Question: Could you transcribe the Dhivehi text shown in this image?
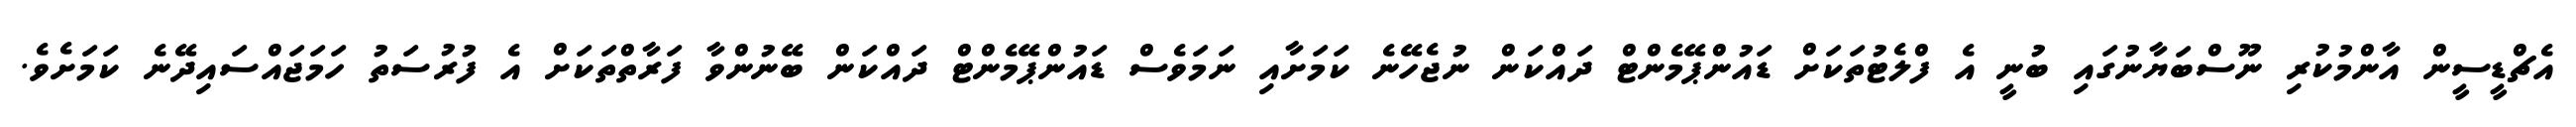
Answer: އެޗްޑީސީން އާންމުކުރި ނޫސްބަޔާނުގައި ބުނީ އެ ފްލެޓުތަކަށް ޑައުންޕޭމެންޓް ދައްކަން ނުޖެހޭނެ ކަމަށާއި ނަމަވެސް ޑައުންޕޭމެންޓް ދައްކަން ބޭނުންވާ ފަރާތްތަކަށް އެ ފުރުސަތު ހަމަޖައްސައިދޭނެ ކަމަށެވެ.